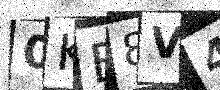
Text: 0KB8V4